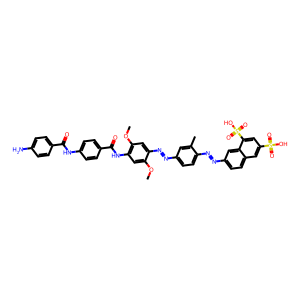
SMILES: COc1cc(NC(=O)c2ccc(NC(=O)c3ccc(N)cc3)cc2)c(OC)cc1N=Nc1ccc(N=Nc2ccc3cc(S(=O)(=O)O)cc(S(=O)(=O)O)c3c2)c(C)c1
Inhibits HIV replication: Yes